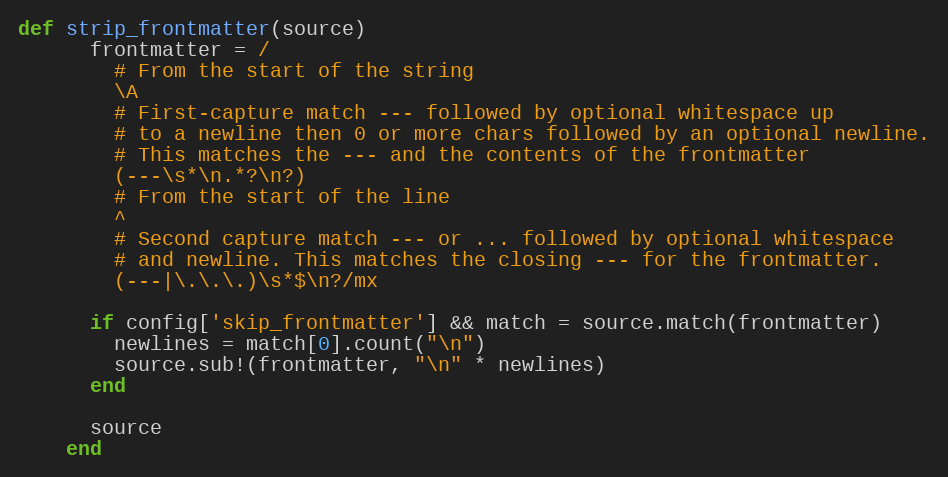
Language: Ruby
def strip_frontmatter(source)
      frontmatter = /
        # From the start of the string
        \A
        # First-capture match --- followed by optional whitespace up
        # to a newline then 0 or more chars followed by an optional newline.
        # This matches the --- and the contents of the frontmatter
        (---\s*\n.*?\n?)
        # From the start of the line
        ^
        # Second capture match --- or ... followed by optional whitespace
        # and newline. This matches the closing --- for the frontmatter.
        (---|\.\.\.)\s*$\n?/mx

      if config['skip_frontmatter'] && match = source.match(frontmatter)
        newlines = match[0].count("\n")
        source.sub!(frontmatter, "\n" * newlines)
      end

      source
    end